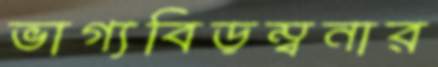
ভাগ্যবিড়ম্বনার